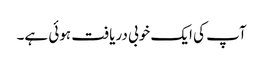
آپ کی ایک خوبی دریافت ہوئی ہے۔